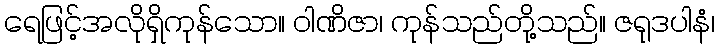
ရေဖြင့်အလိုရှိကုန်သော။ ဝါဏိဇာ၊ ကုန်သည်တို့သည်။ ဇရုဒပါနံ၊